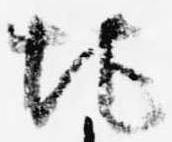
地